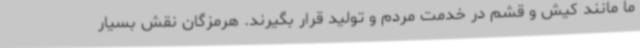
ما مانند کیش و قشم در خدمت مردم و تولید قرار بگیرند. هرمزگان نقش بسیار